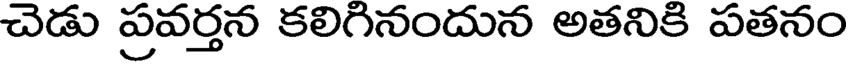
చెడు ప్రవర్తన కలిగినందున అతనికి పతనం